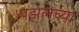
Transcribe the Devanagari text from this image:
पझलच्या